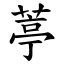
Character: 葶